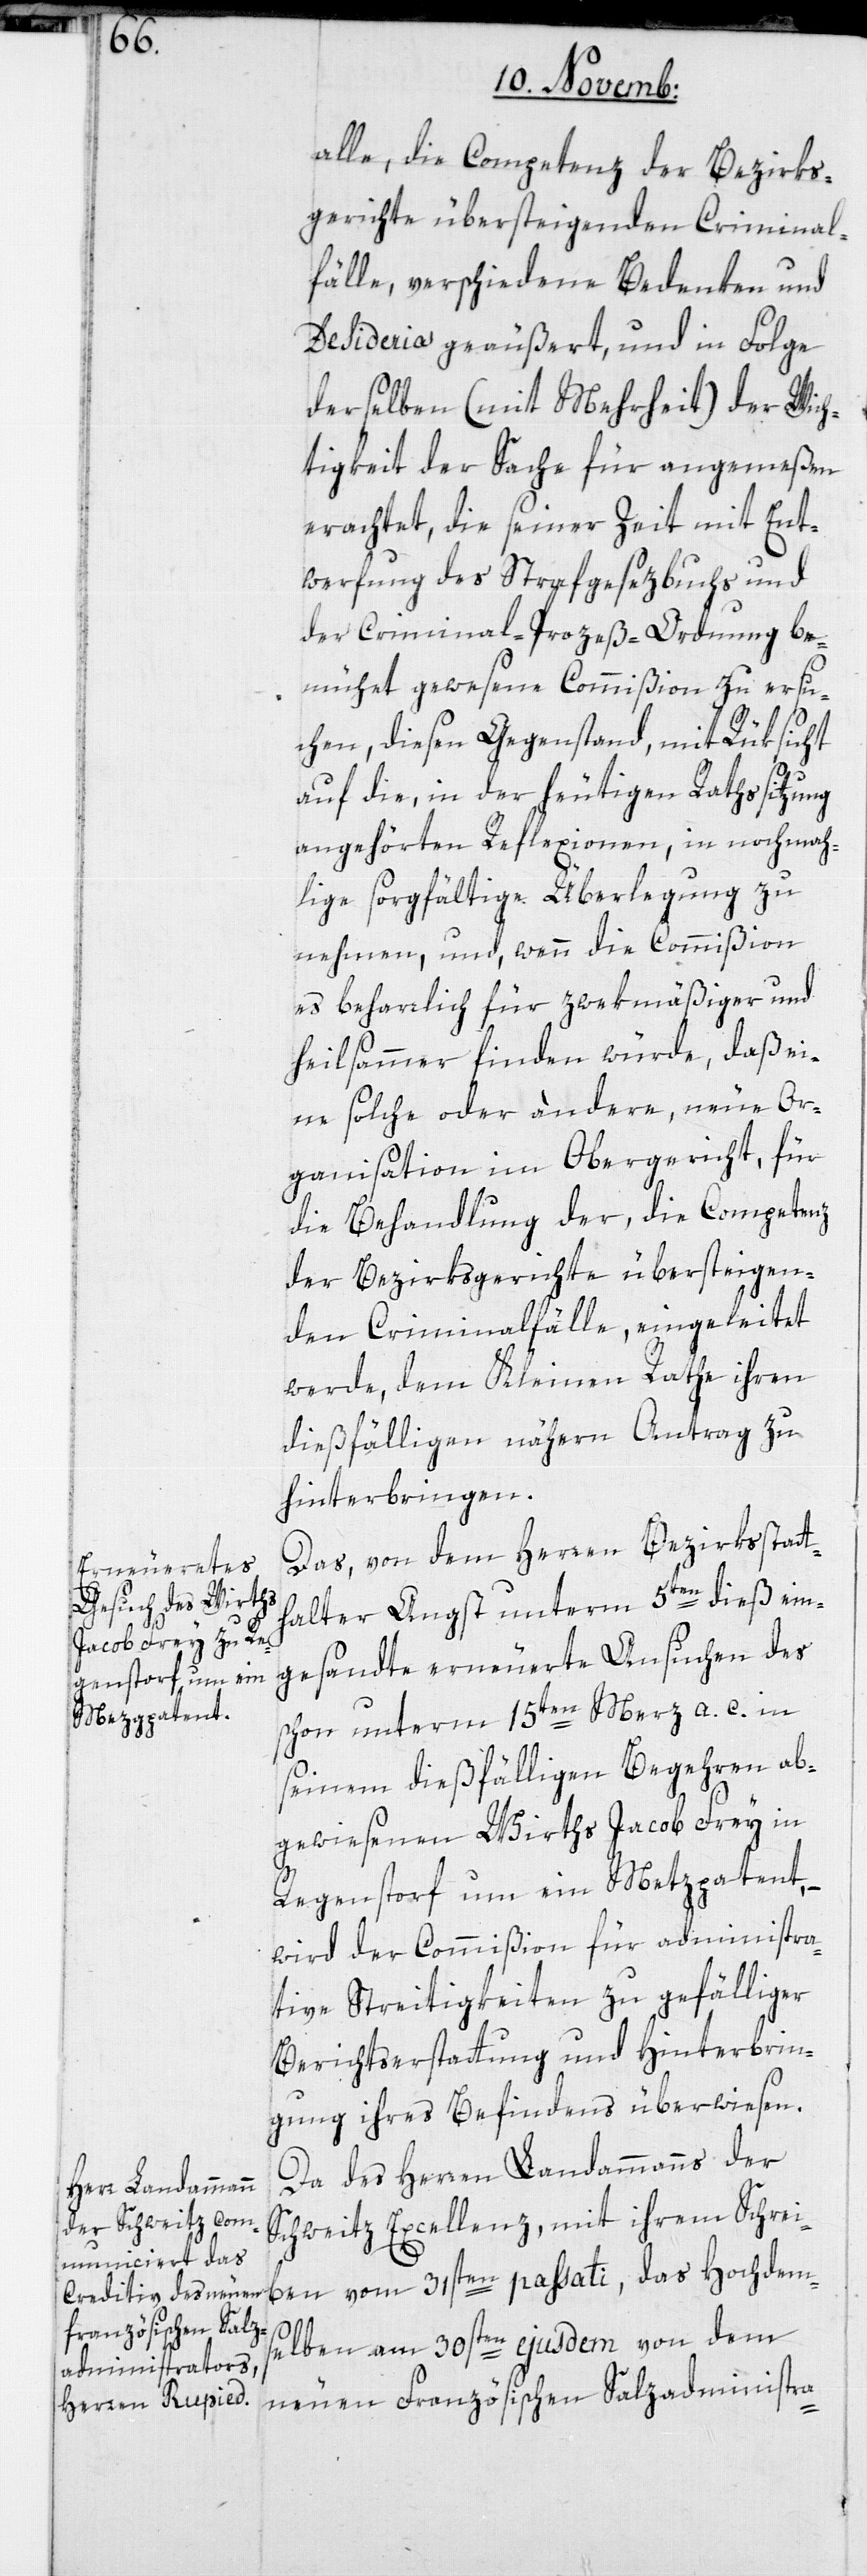
alle, die Competenz der Bezirks¬
gerichte übersteigenden Criminal¬
fälle, verschiedene Bedenken und
Desideria geäußert, und in Folge
derselben (mit Mehrheit) der Wich¬
tigkeit der Sache für angemeßen
erachtet, die seiner Zeit mit Ent¬
werfung des Strafgesezbuchs und
der Criminal-Prozeß-Ordnung be¬
mühet gewesene Commißion zu ersu¬
chen, diesen Gegenstand mit Rüksicht
auf die, in der heutigen Rathssitzung
angehörten Reflexionen, in nochmah¬
lige sorgfältige Überlegung zu
nehmen, und wenn die Commißion
es beharrlich für zwekmäßiger und
heilsamer finden würde, daß ei¬
ne solche oder andere, neue Or¬
ganisation im Obergericht, für
die Behandlung der, die Competenz
der Bezirksgerichte übersteigen¬
den Criminalfälle, eingeleitet
werde, dem Kleinen Rathe ihren
dießfälligen nähern Antrag zu
hinterbringen.
Das von dem Herren Bezirksstatt¬
halter Angst unterm 5ten dieß ein¬
gesandte erneuerte Ansuchen des
schon unterm 15ten Merz a. c. in
seinem dießfälligen Begehren ab¬
gewiesenen Wirths Jacob Frey in
Regenstorf um ein Metzgpatent,
wird der Commißion für administra¬
tive Streitigkeiten zu gefälliger
Berichtserstattung und Hinterbrin¬
gung ihres Befindens überwiesen.
Da des Herren Landammanns der
Schweitz Excellenz, mit ihrem Schrei¬
ben vom 31sten passati, das Hochdem¬
selben am 30sten ejusdem von dem
neuen Französischen Salzadministra-